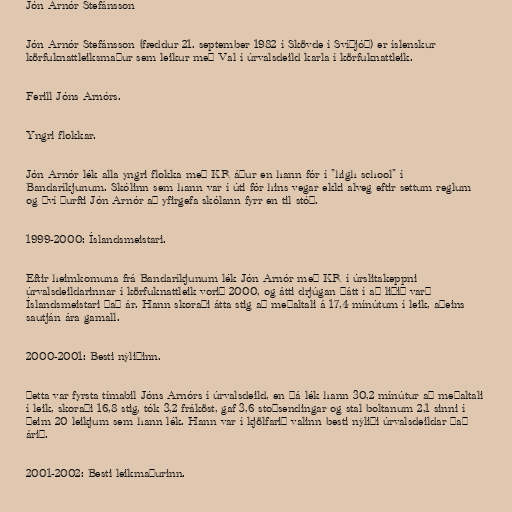
Jón Arnór Stefánsson

Jón Arnór Stefánsson (fæddur 21. september 1982 í Skövde í Svíþjóð) er íslenskur
körfuknattleiksmaður sem leikur með Val í úrvalsdeild karla í körfuknattleik.

Ferill Jóns Arnórs.

Yngri flokkar.

Jón Arnór lék alla yngri flokka með KR áður en hann fór í "high school" í
Bandaríkjunum. Skólinn sem hann var í úti fór hins vegar ekki alveg eftir settum reglum
og því þurfti Jón Arnór að yfirgefa skólann fyrr en til stóð.

1999-2000: Íslandsmeistari.

Eftir heimkomuna frá Bandaríkjunum lék Jón Arnór með KR í úrslitakeppni
úrvalsdeildarinnar í körfuknattleik vorið 2000, og átti drjúgan þátt í að liðið varð
Íslandsmeistari það ár. Hann skoraði átta stig að meðaltali á 17,4 mínútum í leik, aðeins
sautján ára gamall.

2000-2001: Besti nýliðinn.

Þetta var fyrsta tímabil Jóns Arnórs í úrvalsdeild, en þá lék hann 30,2 mínútur að meðaltali
í leik, skoraði 16,8 stig, tók 3,2 fráköst, gaf 3,6 stoðsendingar og stal boltanum 2,1 sinni í
þeim 20 leikjum sem hann lék. Hann var í kjölfarið valinn besti nýliði úrvalsdeildar það
árið.

2001-2002: Besti leikmaðurinn.